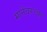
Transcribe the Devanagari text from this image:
मानेवरच्या